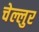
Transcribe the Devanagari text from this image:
चेल्लुर